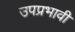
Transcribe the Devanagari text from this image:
उपप्रभावी